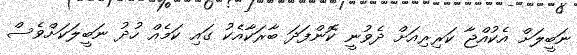
ނަބީލަށް އެކުއްޖާ ކަރިރިއަށް ދެވުނީ ކޮންފަދަ ބާރަކާއެކު ގައި ކަމެއް ހުދު ނަބީލަކަށްވެސް